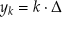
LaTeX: y _ { k } = k \cdot \Delta